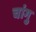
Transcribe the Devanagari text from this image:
चांगु